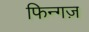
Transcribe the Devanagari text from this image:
फिन्गज़